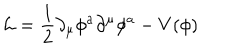
{ \cal L } = { \frac { 1 } { 2 } } \partial _ { \mu } \phi ^ { a } \partial ^ { \mu } \phi ^ { a } - V ( \phi )